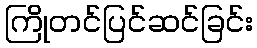
ကြိုတင်ပြင်ဆင်ခြင်း